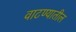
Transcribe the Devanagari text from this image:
वाटण्यातील